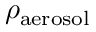
\rho _ { \mathrm { a e r o s o l } }